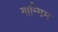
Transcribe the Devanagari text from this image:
गान्गिम